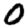
Digit: 0